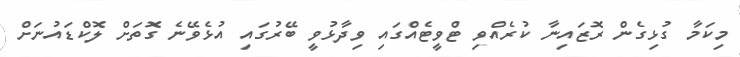
މިކަމާ ގުޅިގެން ރޮޒައިނާ ކުރެއްވި ޓްވީޓެއްގައި ވިދާޅުވީ ބޭރުގައި އުޅެވޭނެ ގޮތަށް ލޮކްޑައުނަށް